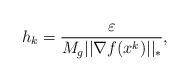
LaTeX: \begin{align*}h_k=\frac{\varepsilon}{M_g||\nabla f(x^k)||_{*}},\end{align*}